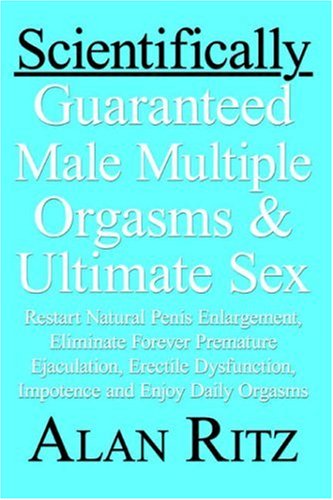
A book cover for Scientifically Guaranteed Male Multiple Orgasms and Ultimate Sex: Restart natural penis enlargement, Eliminate forever premature ejaculation, erectile dysfunction, impotence and Enjoy daily orgasms; Alan Ritz; Health, Fitness & Dieting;